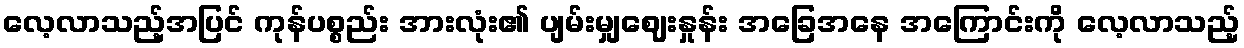
လေ့လာသည့်အပြင် ကုန်ပစ္စည်း အားလုံး၏ ပျမ်းမျှဈေးနှုန်း အခြေအနေ အကြောင်းကို လေ့လာသည့်